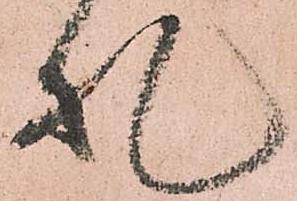
札